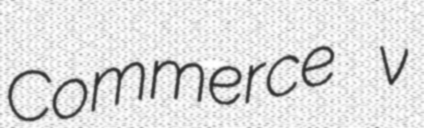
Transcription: Commerce v